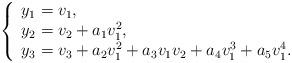
LaTeX: \begin{align*}\left\{ \begin{array}{l}y_1 = v_1, \\y_2 = v_2 + a_1 v_1^2, \\y_3 = v_3 + a_2 v_1^2 + a_3 v_1v_2 + a_4 v_1^3 + a_5 v_1^4. \\\end{array} \right.\end{align*}